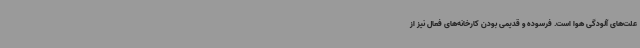
علت‌های آلودگی هوا است. فرسوده و قدیمی بودن کارخانه‌های فعال نیز از